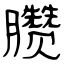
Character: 臜